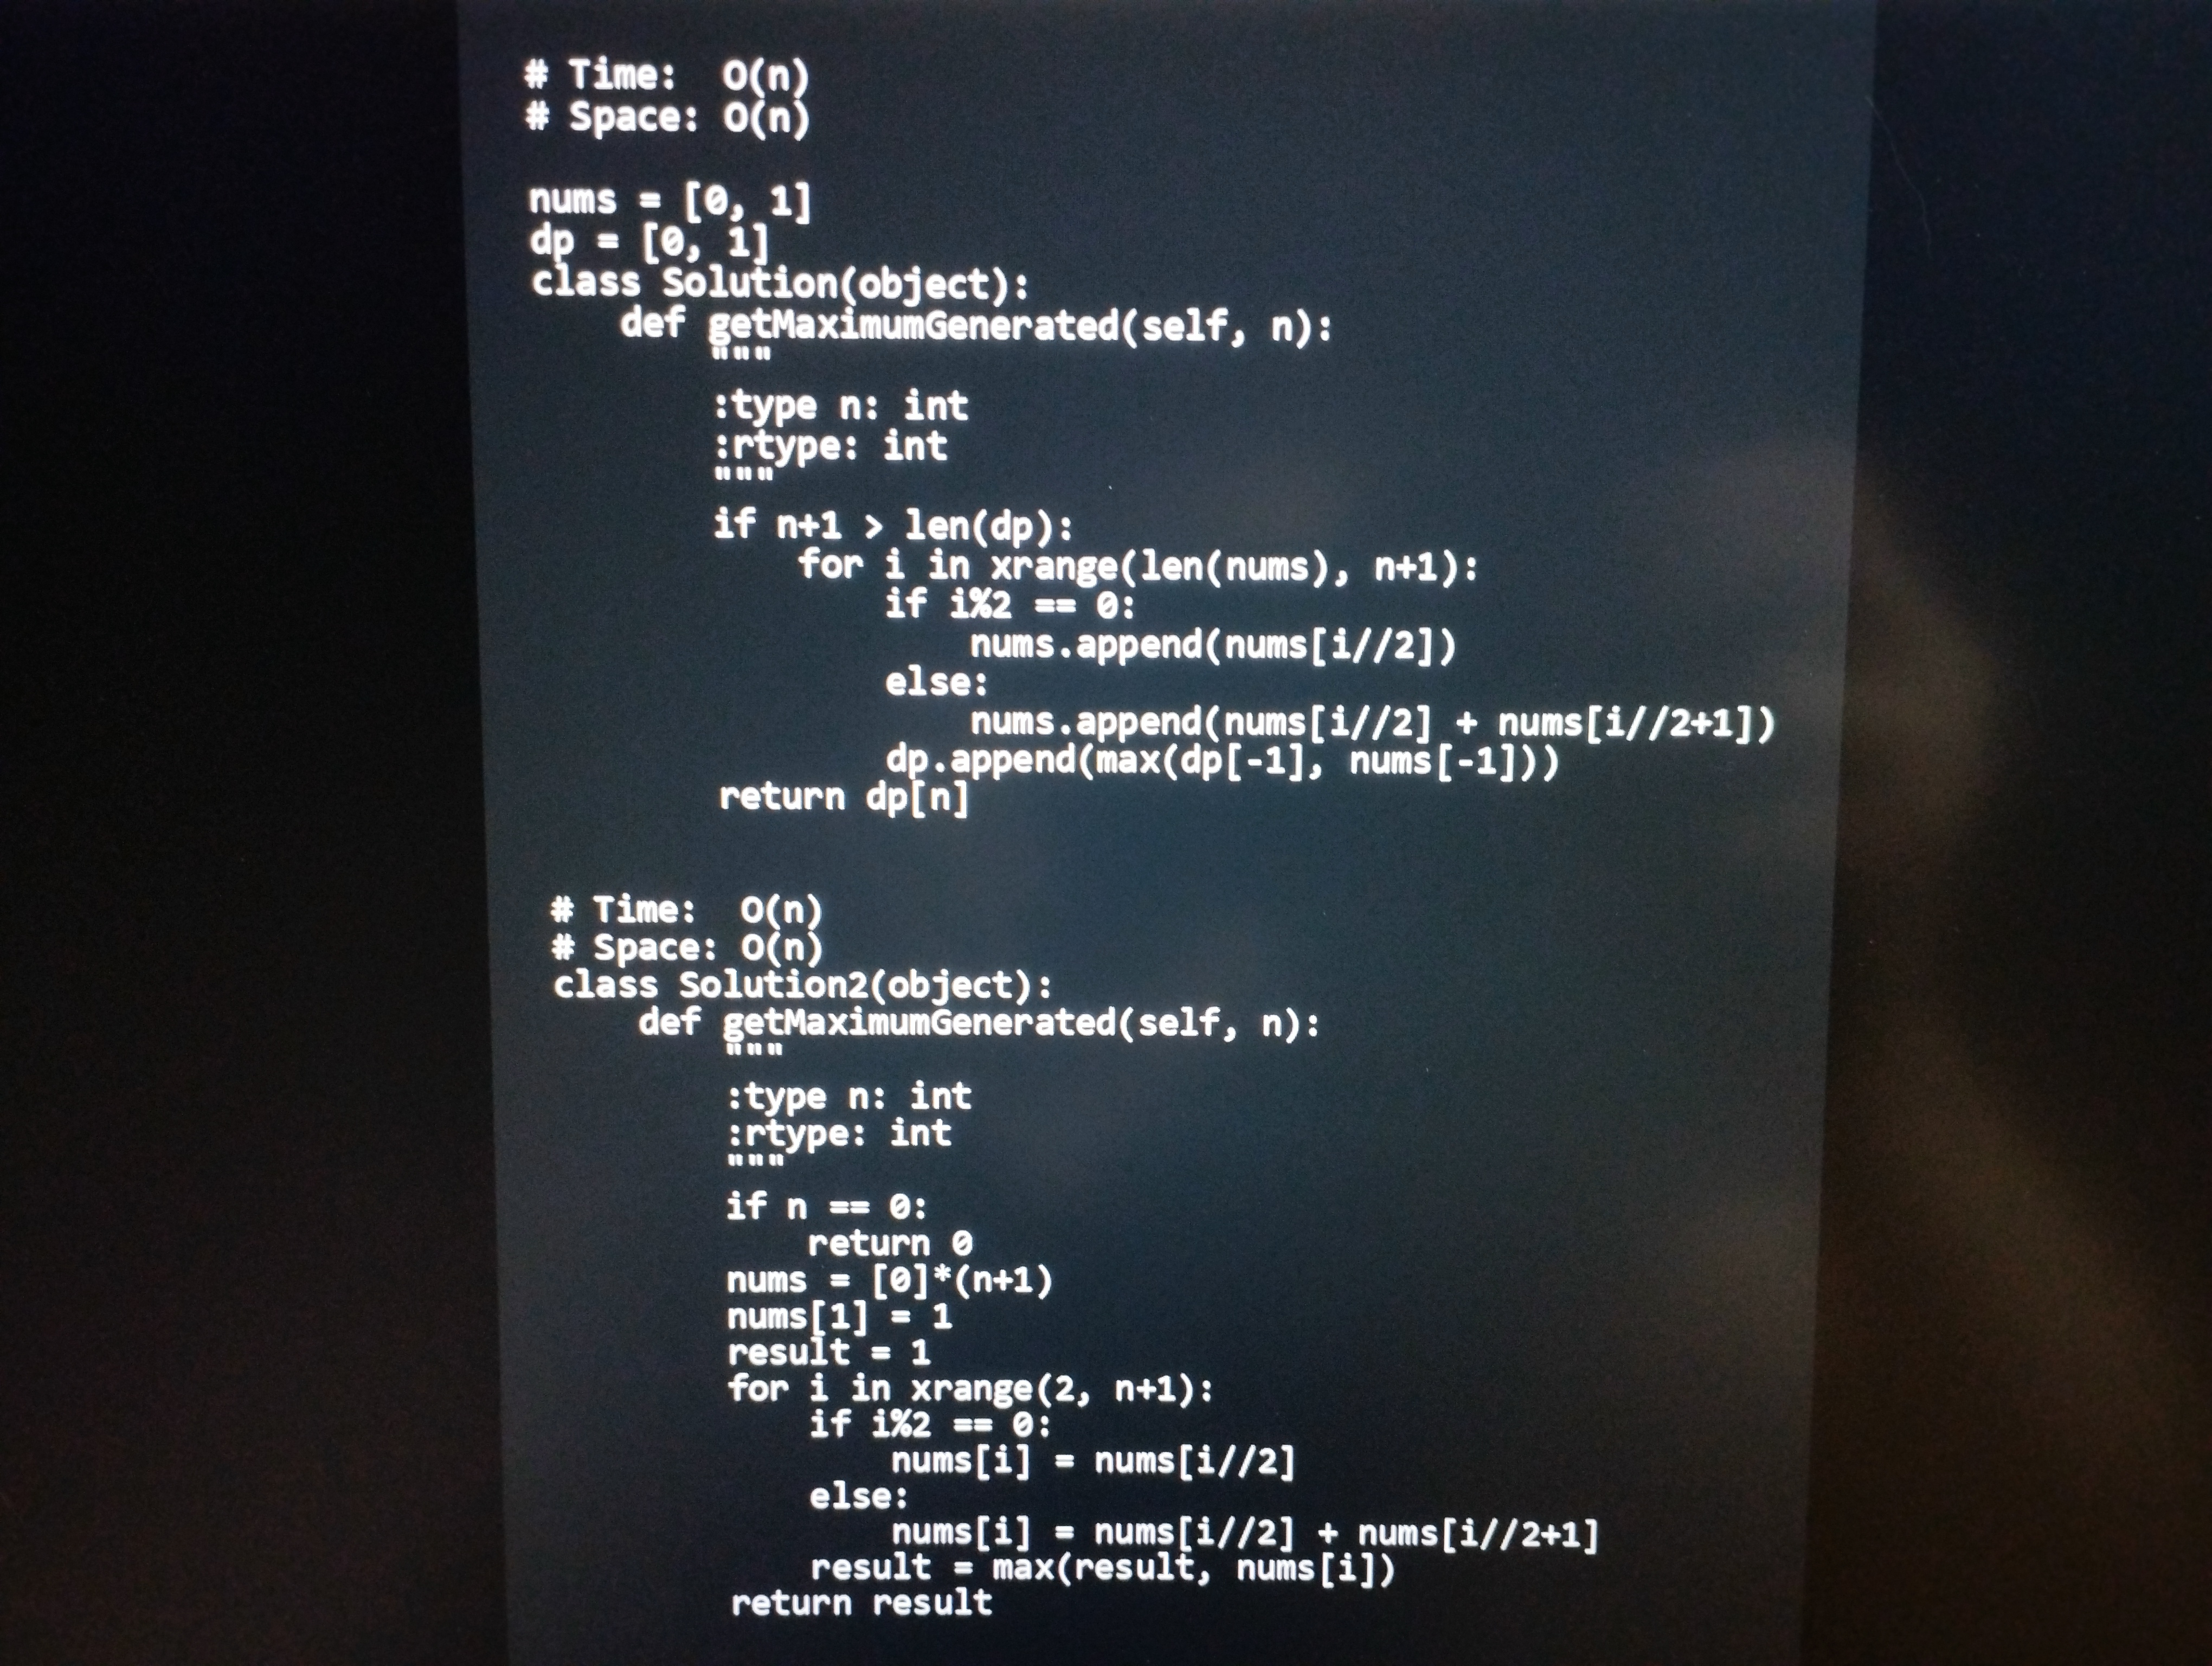
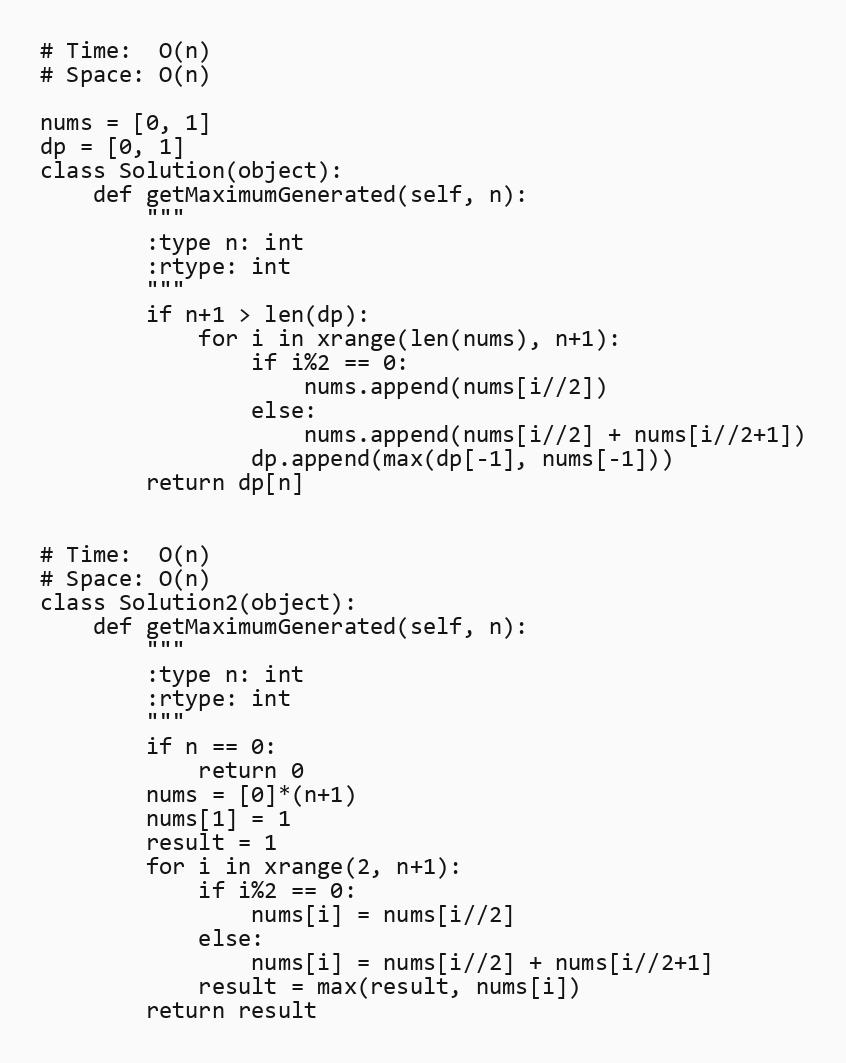
# Time:  O(n)
# Space: O(n)

nums = [0, 1]
dp = [0, 1]
class Solution(object):
    def getMaximumGenerated(self, n):
        """
        :type n: int
        :rtype: int
        """
        if n+1 > len(dp):
            for i in xrange(len(nums), n+1):
                if i%2 == 0:
                    nums.append(nums[i//2])
                else:
                    nums.append(nums[i//2] + nums[i//2+1])
                dp.append(max(dp[-1], nums[-1]))
        return dp[n]

# Time:  O(n)
# Space: O(n)
class Solution2(object):
    def getMaximumGenerated(self, n):
        """
        :type n: int
        :rtype: int
        """
        if n == 0:
            return 0
        nums = [0]*(n+1)
        nums[1] = 1
        result = 1
        for i in xrange(2, n+1):
            if i%2 == 0:
                nums[i] = nums[i//2]
            else:
                nums[i] = nums[i//2] + nums[i//2+1]
            result = max(result, nums[i])
        return result